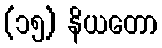
(၁၅) နိယတော